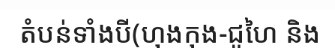
តំបន់ទាំងបី(ហុងកុង-ជូហៃ និង